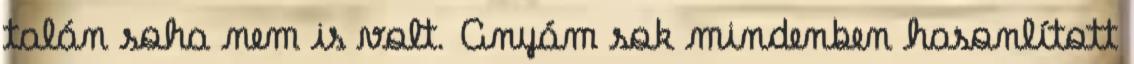
talán soha nem is volt. Anyám sok mindenben hasonlított